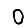
Digit: 0